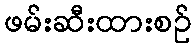
ဖမ်းဆီးထားစဉ်